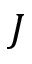
J